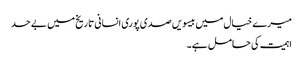
میرے خیال میں بیسویں صدی پوری انسانی تاریخ میں بے حد
اہمیت کی حامل ہے۔